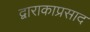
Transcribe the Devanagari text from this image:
द्वाराकाप्रसाद